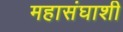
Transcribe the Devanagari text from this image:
महासंघाशी